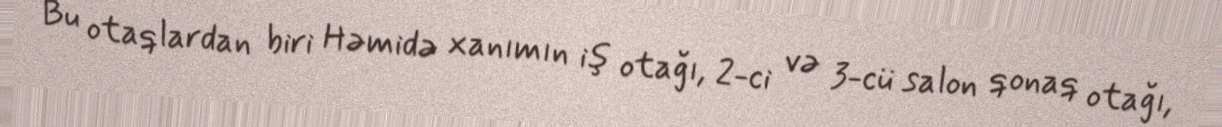
Bu otaqlardan biri Həmidə xanımın iş otağı, 2-ci və 3-cü salon qonaq otağı,